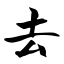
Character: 去